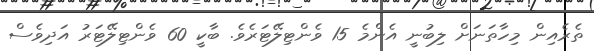
ތެރެއިން މިހާތަނަށް ލިބުނީ އެންމެ 15 ވެންޓިލޭޓަރެވެ. ބާކީ 60 ވެންޓިލޭޓަރު އަދިވެސް